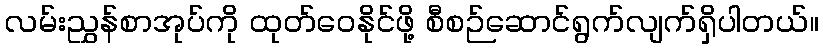
လမ်းညွှန်စာအုပ်ကို ထုတ်ဝေနိုင်ဖို့ စီစဉ်ဆောင်ရွက်လျက်ရှိပါတယ်။